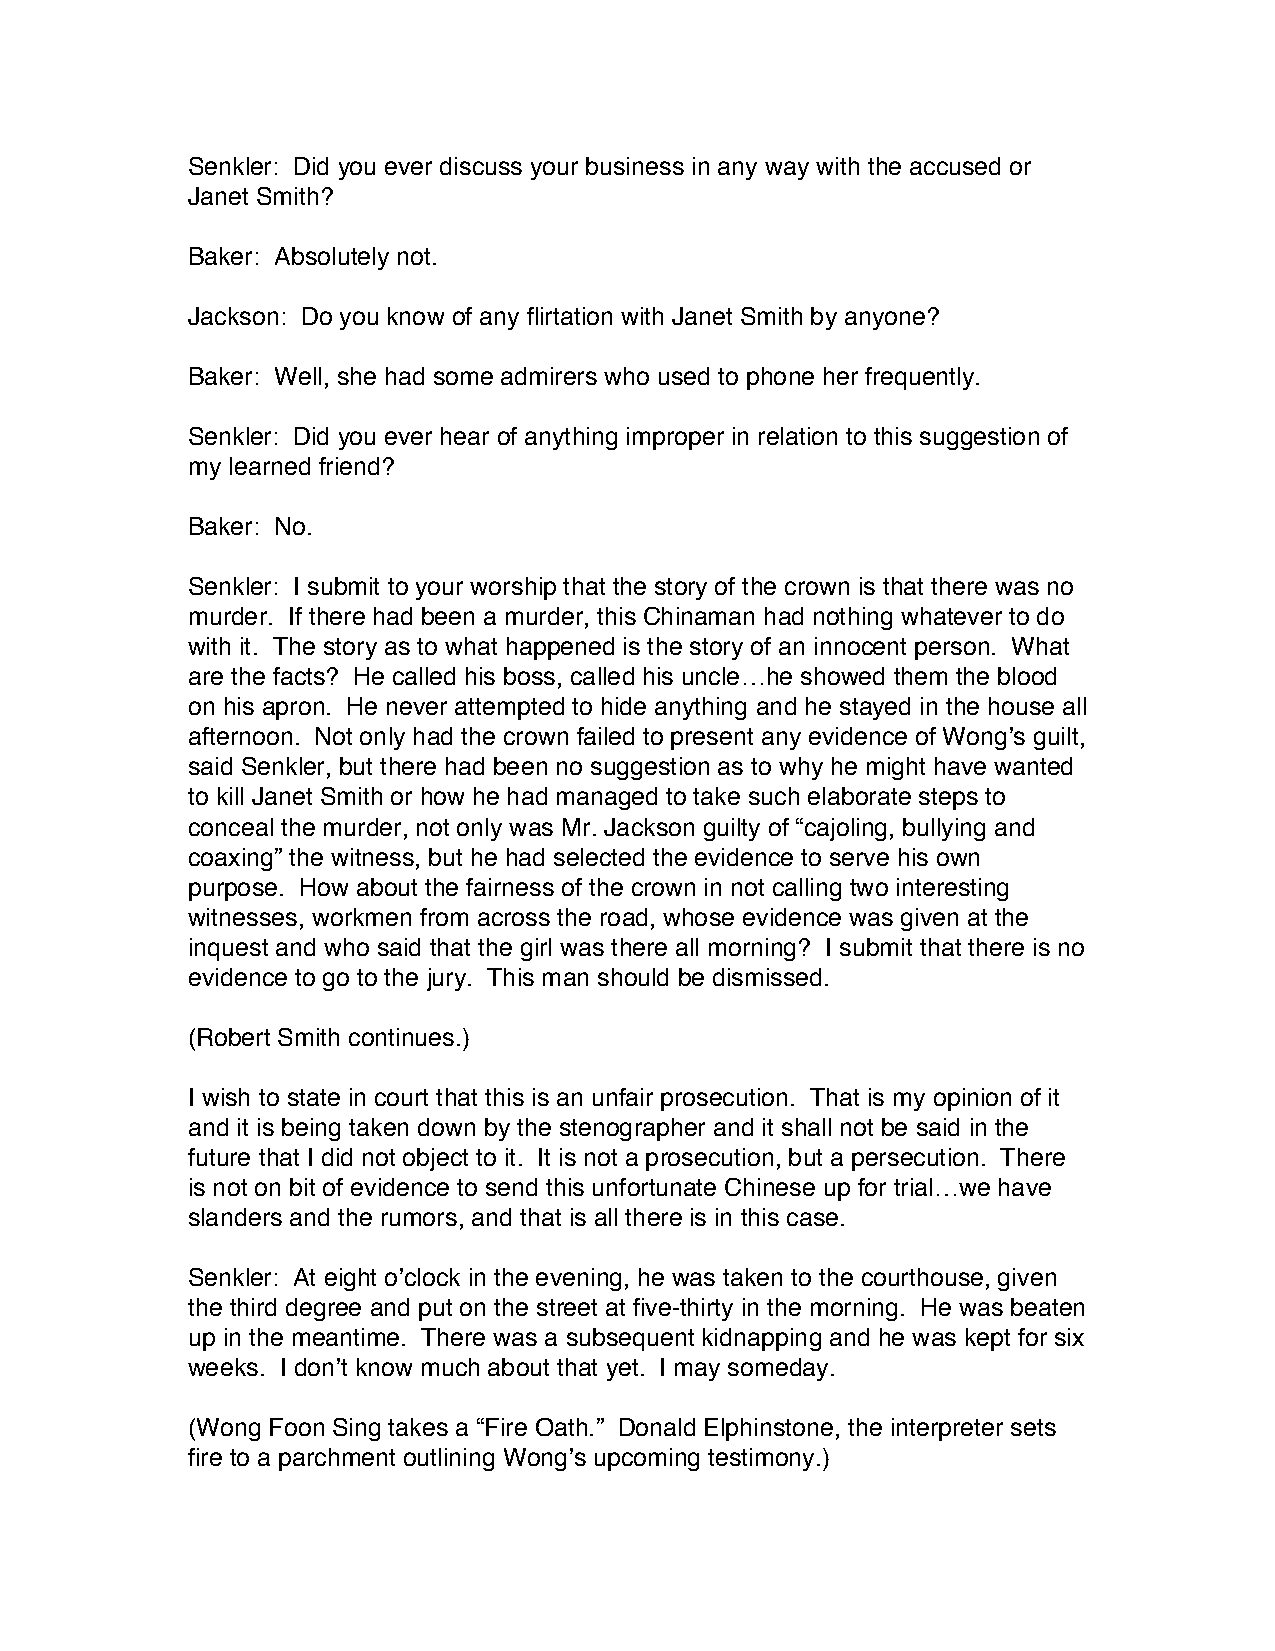
Senkler: Did you ever discuss your business in any way with the accused or
 Janet Smith?
 Baker: Absolutely not.
 Jackson: Do you know of any flirtation with Janet Smith by anyone?
 Baker: Well, she had some admirers who used to phone her frequently.
 Senkler: Did you ever hear of anything improper in relation to this suggestion of
 my learned friend?
 Baker: No.
 Senkler: I submit to your worship that the story of the crown is that there was no
 murder. If there had been a murder, this Chinaman had nothing whatever to do
 with it. The story as to what happened is the story of an innocent person. What
 are the facts? He called his boss, called his uncle…he showed them the blood
 on his apron. He never attempted to hide anything and he stayed in the house all
 afternoon. Not only had the crown failed to present any evidence of Wong’s guilt,
 said Senkler, but there had been no suggestion as to why he might have wanted
 to kill Janet Smith or how he had managed to take such elaborate steps to
 conceal the murder, not only was Mr. Jackson guilty of “cajoling, bullying and
 coaxing” the witness, but he had selected the evidence to serve his own
 purpose. How about the fairness of the crown in not calling two interesting
 witnesses, workmen from across the road, whose evidence was given at the
 inquest and who said that the girl was there all morning? I submit that there is no
 evidence to go to the jury. This man should be dismissed.
 (Robert Smith continues.)
 I wish to state in court that this is an unfair prosecution. That is my opinion of it
 and it is being taken down by the stenographer and it shall not be said in the
 future that I did not object to it. It is not a prosecution, but a persecution. There
 is not on bit of evidence to send this unfortunate Chinese up for trial…we have
 slanders and the rumors, and that is all there is in this case.
 Senkler: At eight o’clock in the evening, he was taken to the courthouse, given
 the third degree and put on the street at five-thirty in the morning. He was beaten
 up in the meantime. There was a subsequent kidnapping and he was kept for six
 weeks. I don’t know much about that yet. I may someday.
 (Wong Foon Sing takes a “Fire Oath.” Donald Elphinstone, the interpreter sets
 fire to a parchment outlining Wong’s upcoming testimony.)